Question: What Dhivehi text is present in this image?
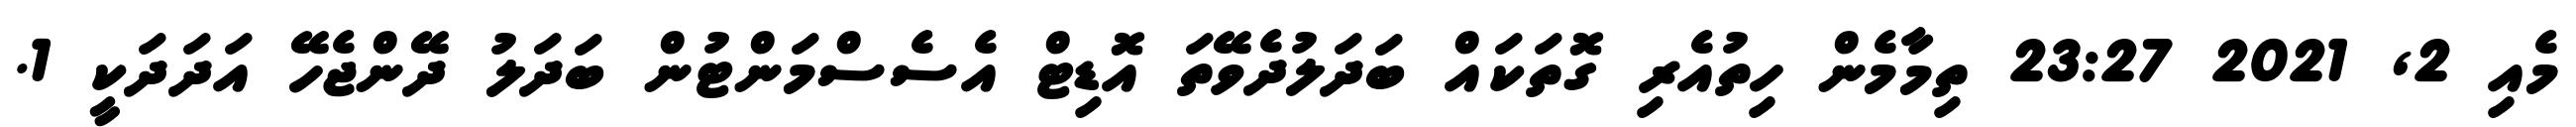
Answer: މެއި 2, 2021 23:27 ތިމާމެން ހިތުއެރި ގޮތަކައް ބަދަލުދެވޭތަ އޮޑިޓް އެސެސްމަންޓުން ބަދަލު ދޭންޖެހޭ އަދަދަކީ 1.